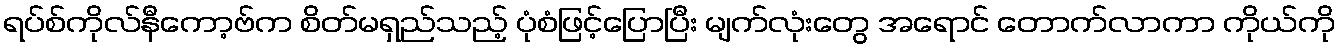
ရပ်စ်ကိုလ်နီကော့ဗ်က စိတ်မရှည်သည့် ပုံစံဖြင့်ပြောပြီး မျက်လုံးတွေ အရောင် တောက်လာကာ ကိုယ်ကို